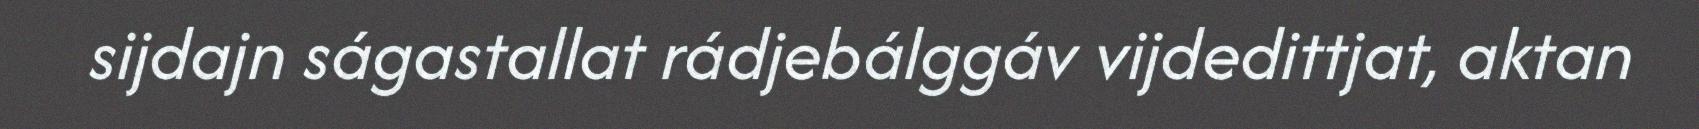
sijdajn ságastallat rádjebálggáv vijdedittjat, aktan